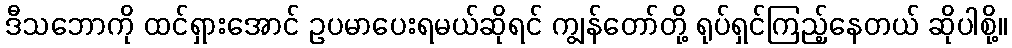
ဒီသဘောကို ထင်ရှားအောင် ဥပမာပေးရမယ်ဆိုရင် ကျွန်တော်တို့ ရုပ်ရှင်ကြည့်နေတယ် ဆိုပါစို့။